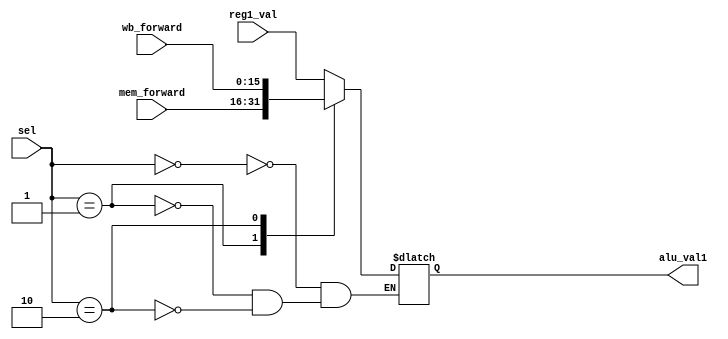
`timescale 1ns / 1ps
//////////////////////////////////////////////////////////////////////////////////
// Company: 
// Engineer: 
// 
// Design Name: 
// Module Name:    ALU_Reg1_Mux 
// Project Name: 
// Target Devices: 
// Tool versions: 
// Description: 
//
// Dependencies: 
//
// Revision: 
// Revision 0.01 - File Created
// Additional Comments: 
//
//////////////////////////////////////////////////////////////////////////////////
module ALU_Reg1_Mux(sel,reg1_val,mem_forward,wb_forward,alu_val1
    );

	input [1:0] sel;
	input [15:0] reg1_val,mem_forward,wb_forward;
	
	output reg [15:0] alu_val1;
	
	always@(*) begin
		case(sel)
			0:	alu_val1 = reg1_val;
			1: alu_val1 = mem_forward;
			2: alu_val1 = wb_forward;
		endcase
	end

endmodule